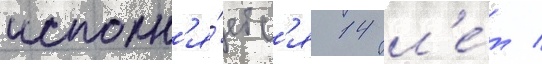
исполн'я́етс'я 14 л'е́т /